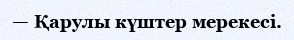
— Қарулы күштер мерекесі.